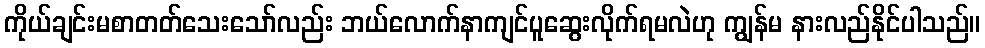
ကိုယ်ချင်းမစာတတ်သေးသော်လည်း ဘယ်လောက်နာကျင်ပူဆွေးလိုက်ရမလဲဟု ကျွန်မ နားလည်နိုင်ပါသည်။